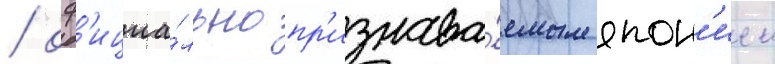
/ оф'ициа́льно пр'изнава́емым япон'иеи